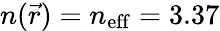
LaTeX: n(\vec{r})=n_{\mathrm{eff}}=3.37